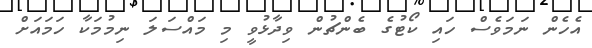
އެހެން ނަމަވެސް ހައި ކޯޓުގެ ބެންޗުން ވިދާޅުވީ މި މައްސަލަ ނިމުމަކާ ހަމައަށް